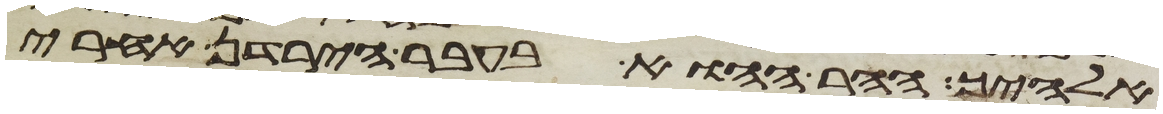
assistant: אלהיך ההר ההוא בעבר הירדן אחרי